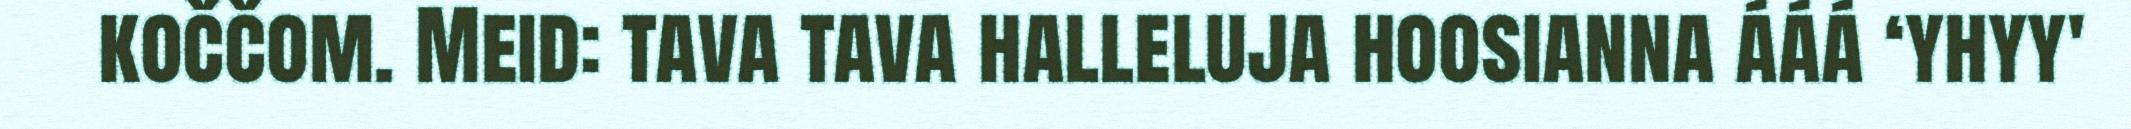
koččom. Meid: tava tava halleluja hoosianna ááá ‘yhyy'